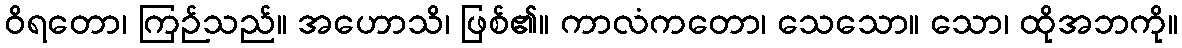
ဝိရတော၊ ကြဉ်သည်။ အဟောသိ၊ ဖြစ်၏။ ကာလံကတော၊ သေသော။ သော၊ ထိုအဘကို။